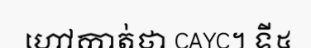
ហៅកាត់ថា CAYC។ ទី៥